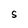
Character: S